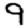
Digit: 9